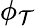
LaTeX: \phi_{\mathcal{T}}